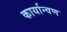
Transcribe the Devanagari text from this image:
कार्यान्वण